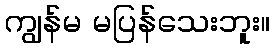
ကျွန်မ မပြန်သေးဘူး။